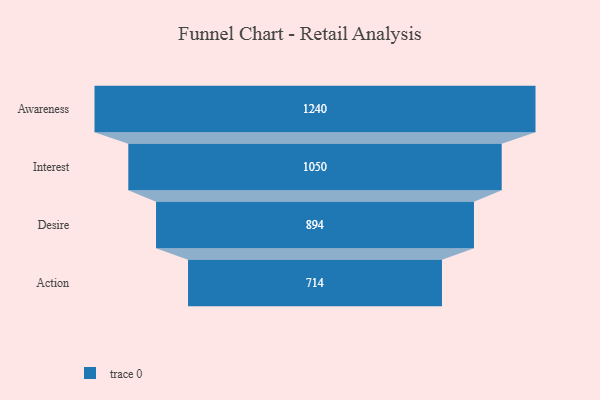
{"axis": {"x": "Stage", "y": "Value"}, "legend": [""], "data": [{"x": "Awareness", "y": 1240.0, "type": ""}, {"x": "Interest", "y": 1050.0, "type": ""}, {"x": "Desire", "y": 894.0, "type": ""}, {"x": "Action", "y": 714.0, "type": ""}]}